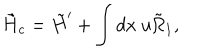
\tilde { H } _ { c } = \tilde { H } ^ { \prime } + \int d x ~ u \tilde { \Omega } _ { 1 } ,